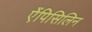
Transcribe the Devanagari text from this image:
ऐंपिसिलिन